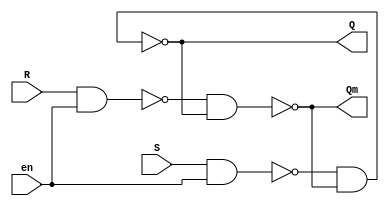
`timescale 1ns / 10ps
module SRLatch (S,R,en,Q,Qm);
input S,R,en;
output Q,Qm;
reg M,N;
always @(en)
begin
M <= !(S & en);
N <= !(R & en);
end
assign Q = !(M & Qm);
assign Qm = !(N & Q);
endmodule